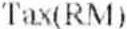
TAX(RM)